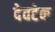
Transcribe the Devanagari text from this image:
देवटेक